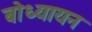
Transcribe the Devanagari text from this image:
बोध्यायन